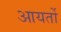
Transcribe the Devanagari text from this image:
आयर्तो